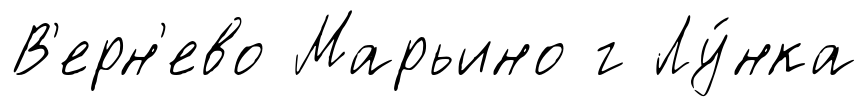
В'ерн'ево Марьино г Лу́нка